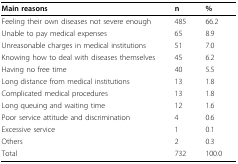
<table><thead><tr><td><b>Main reasons</b></td><td><b>n</b></td><td><b>%</b></td></tr></thead><tbody><tr><td>Feeling their own diseases not severe enough</td><td>485</td><td>66.2</td></tr><tr><td>Unable to pay medical expenses</td><td>65</td><td>8.9</td></tr><tr><td>Unreasonable charges in medical institutions</td><td>51</td><td>7.0</td></tr><tr><td>Knowing how to deal with diseases themselves</td><td>45</td><td>6.2</td></tr><tr><td>Having no free time</td><td>40</td><td>5.5</td></tr><tr><td>Long distance from medical institutions</td><td>13</td><td>1.8</td></tr><tr><td>Complicated medical procedures</td><td>13</td><td>1.8</td></tr><tr><td>Long queuing and waiting time</td><td>12</td><td>1.6</td></tr><tr><td>Poor service attitude and discrimination</td><td>4</td><td>0.6</td></tr><tr><td>Excessive service</td><td>1</td><td>0.1</td></tr><tr><td>Others</td><td>2</td><td>0.3</td></tr><tr><td>Total</td><td>732</td><td>100.0</td></tr></tbody></table>